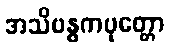
အသိဗန္ဓကပုတ္တော